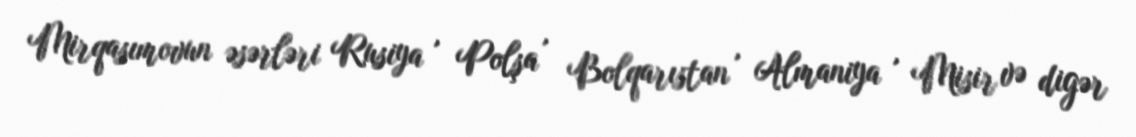
Mirqasımovun əsərləri Rusiya , Polşa , Bolqarıstan , Almaniya , Misir və digər